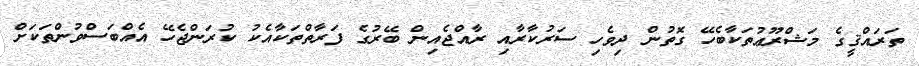
ތަރައްޤީގެ މަޝްރޫޢުތަކާބެހޭ ގޮތުން ދިވެހި ސަރުކާރާއި ރާއްޖެއިން ބޭރުގެ ފަރާތްތަކާއެކު ކުރަންޖެހޭ އެއްބަސްވުންތަކަށް